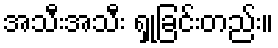
အသီးအသီး ရှုခြင်းတည်း။